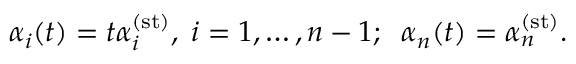
\alpha _ { i } ( t ) = t \alpha _ { i } ^ { ( \mathrm { s t } ) } , \; i = 1 , \ldots , n - 1 ; \; \; \alpha _ { n } ( t ) = \alpha _ { n } ^ { ( \mathrm { s t } ) } .